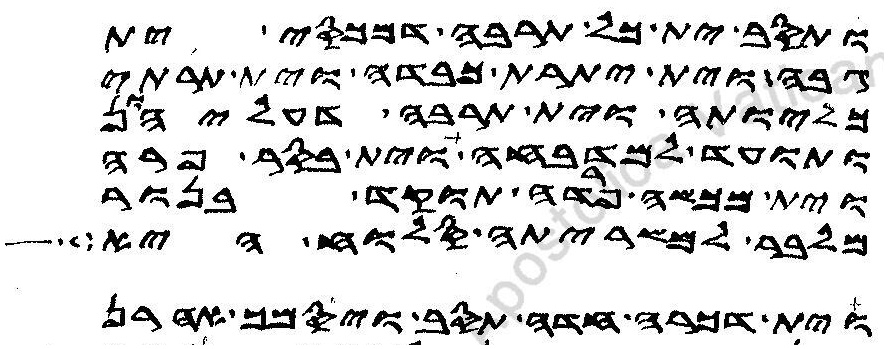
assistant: ותסב ית כל תרבה דמכסי ית
גבה וית יתרת כבדה וית תרתי
כליותה וית תרבה דעליהון
ותועד למדבחה וית בסר פרה
וית מכששכה וית פרדה תוקד בנור
מלבר למשריתה סלוח היא
וית דכרה חדה תסב ויסמך אהרן